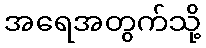
အရေအတွက်သို့